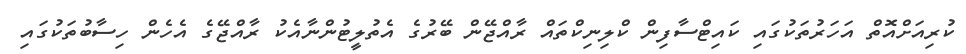
ކުރިއަށްއޮތް އަހަރުތަކުގައި ކައިޓްސާފިން ކްލިނިކްތައް ރާއްޖޭން ބޭރުގެ އެތުލީޓުންނާއެކު ރާއްޖޭގެ އެހެން ހިސާބުތަކުގައި